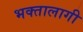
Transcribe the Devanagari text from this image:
भक्‍तालागी